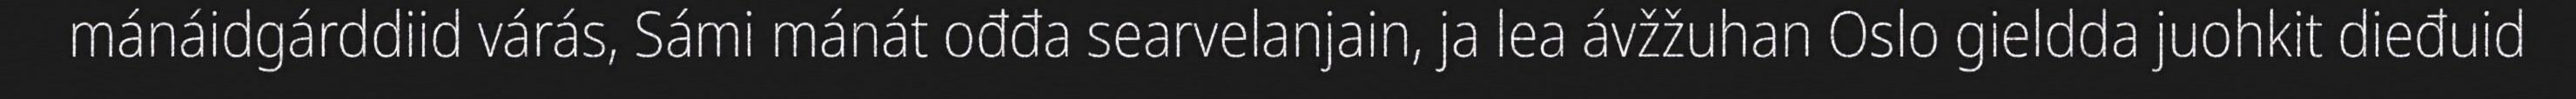
mánáidgárddiid várás, Sámi mánát ođđa searvelanjain, ja lea ávžžuhan Oslo gieldda juohkit dieđuid